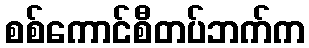
စစ်ကောင်စီတပ်ဘက်က